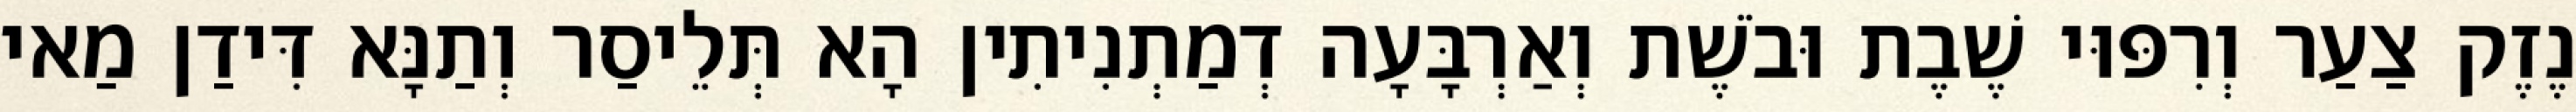
נֶזֶק צַעַר וְרִפּוּי שֶׁבֶת וּבֹשֶׁת וְאַרְבָּעָה דְמַתְנִיתִין הָא תְּלֵיסַר וְתַנָּא דִּידַן מַאי